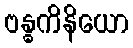
ဗန္ဓကိနိယော